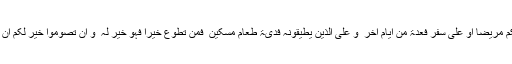
اَیَّامًا مَّعۡدُوۡدٰتٍ ؕ فَمَنۡ کَانَ مِنۡکُمۡ مَّرِیۡضًا اَوۡ عَلٰی سَفَرٍ فَعِدَّۃٌ مِّنۡ اَیَّامٍ اُخَرَ ؕ وَ عَلَی الَّذِیۡنَ یُطِیۡقُوۡنَہٗ فِدۡیَۃٌ طَعَامُ مِسۡکِیۡنٍ ؕ فَمَنۡ تَطَوَّعَ خَیۡرًا فَہُوَ خَیۡرٌ لَّہٗ ؕ وَ اَنۡ تَصُوۡمُوۡا خَیۡرٌ لَّکُمۡ اِنۡ کُنۡتُمۡ تَعۡلَمُوۡنَ} (البقرۃ :۱۸۴۔